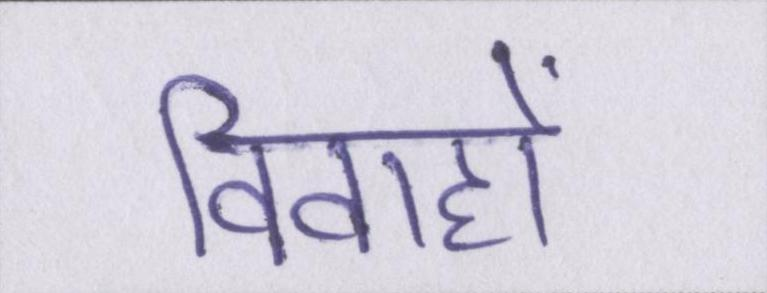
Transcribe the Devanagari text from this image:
विवाहों